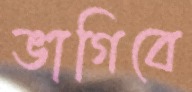
ভাগিবে